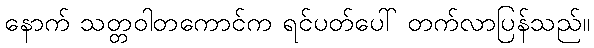
နောက် သတ္တဝါတကောင်က ရင်ပတ်ပေါ် တက်လာပြန်သည်။